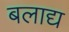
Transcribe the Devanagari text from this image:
बलाद्य